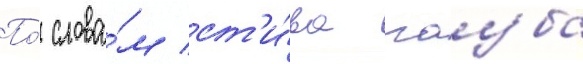
По́ слова́м ст'и́ва гауба